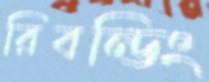
রিবন্ডিং